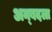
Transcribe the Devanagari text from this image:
अन्बदला